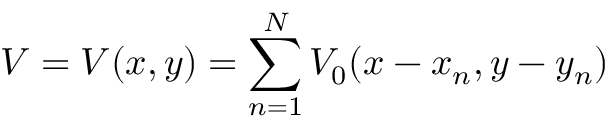
V = V ( x , y ) = \sum _ { n = 1 } ^ { N } V _ { 0 } ( x - x _ { n } , y - y _ { n } )